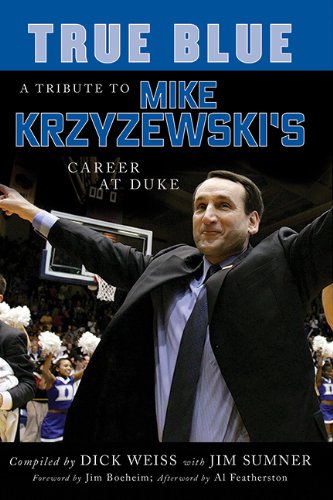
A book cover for True Blue: A Tribute to Mike Krzyzewski's Career at Duke; Dick Weiss; Sports & Outdoors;